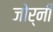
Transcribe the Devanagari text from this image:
जोर्नी